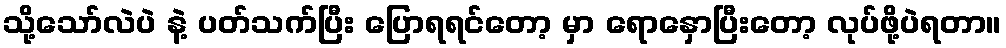
သို့သော်လဲပဲ နဲ့ ပတ်သက်ပြီး ပြောရရင်တော့ မှာ ရောနှောပြီးတော့ လုပ်ဖို့ပဲရတာ။